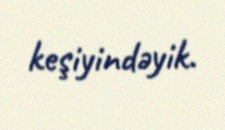
keşiyindəyik.